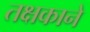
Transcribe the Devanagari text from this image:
तक्षकाने